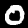
Digit: 0